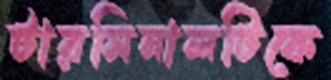
টারমিনালটিকে